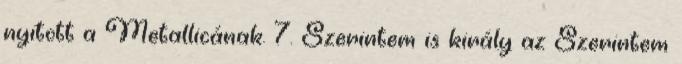
nyitott a Metallicának. 7. Szerintem is király az Szerintem